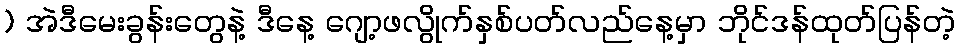
) အဲဒီမေးခွန်းတွေနဲ့ ဒီနေ့ ဂျော့ဖလွိုက်နှစ်ပတ်လည်နေ့မှာ ဘိုင်ဒန်ထုတ်ပြန်တဲ့